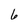
Character: 6